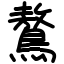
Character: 鷔